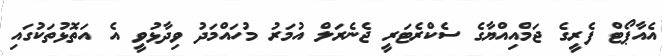
އެއާޕޯޓް ފެރީގެ ޖަމްއިއްޔާގެ ސެކްރެޓަރީ ޖެނެރަލް އުމަރު މުހައްމަދު ވިދާޅުވީ އެ އަތޮޅުތަކުގައި